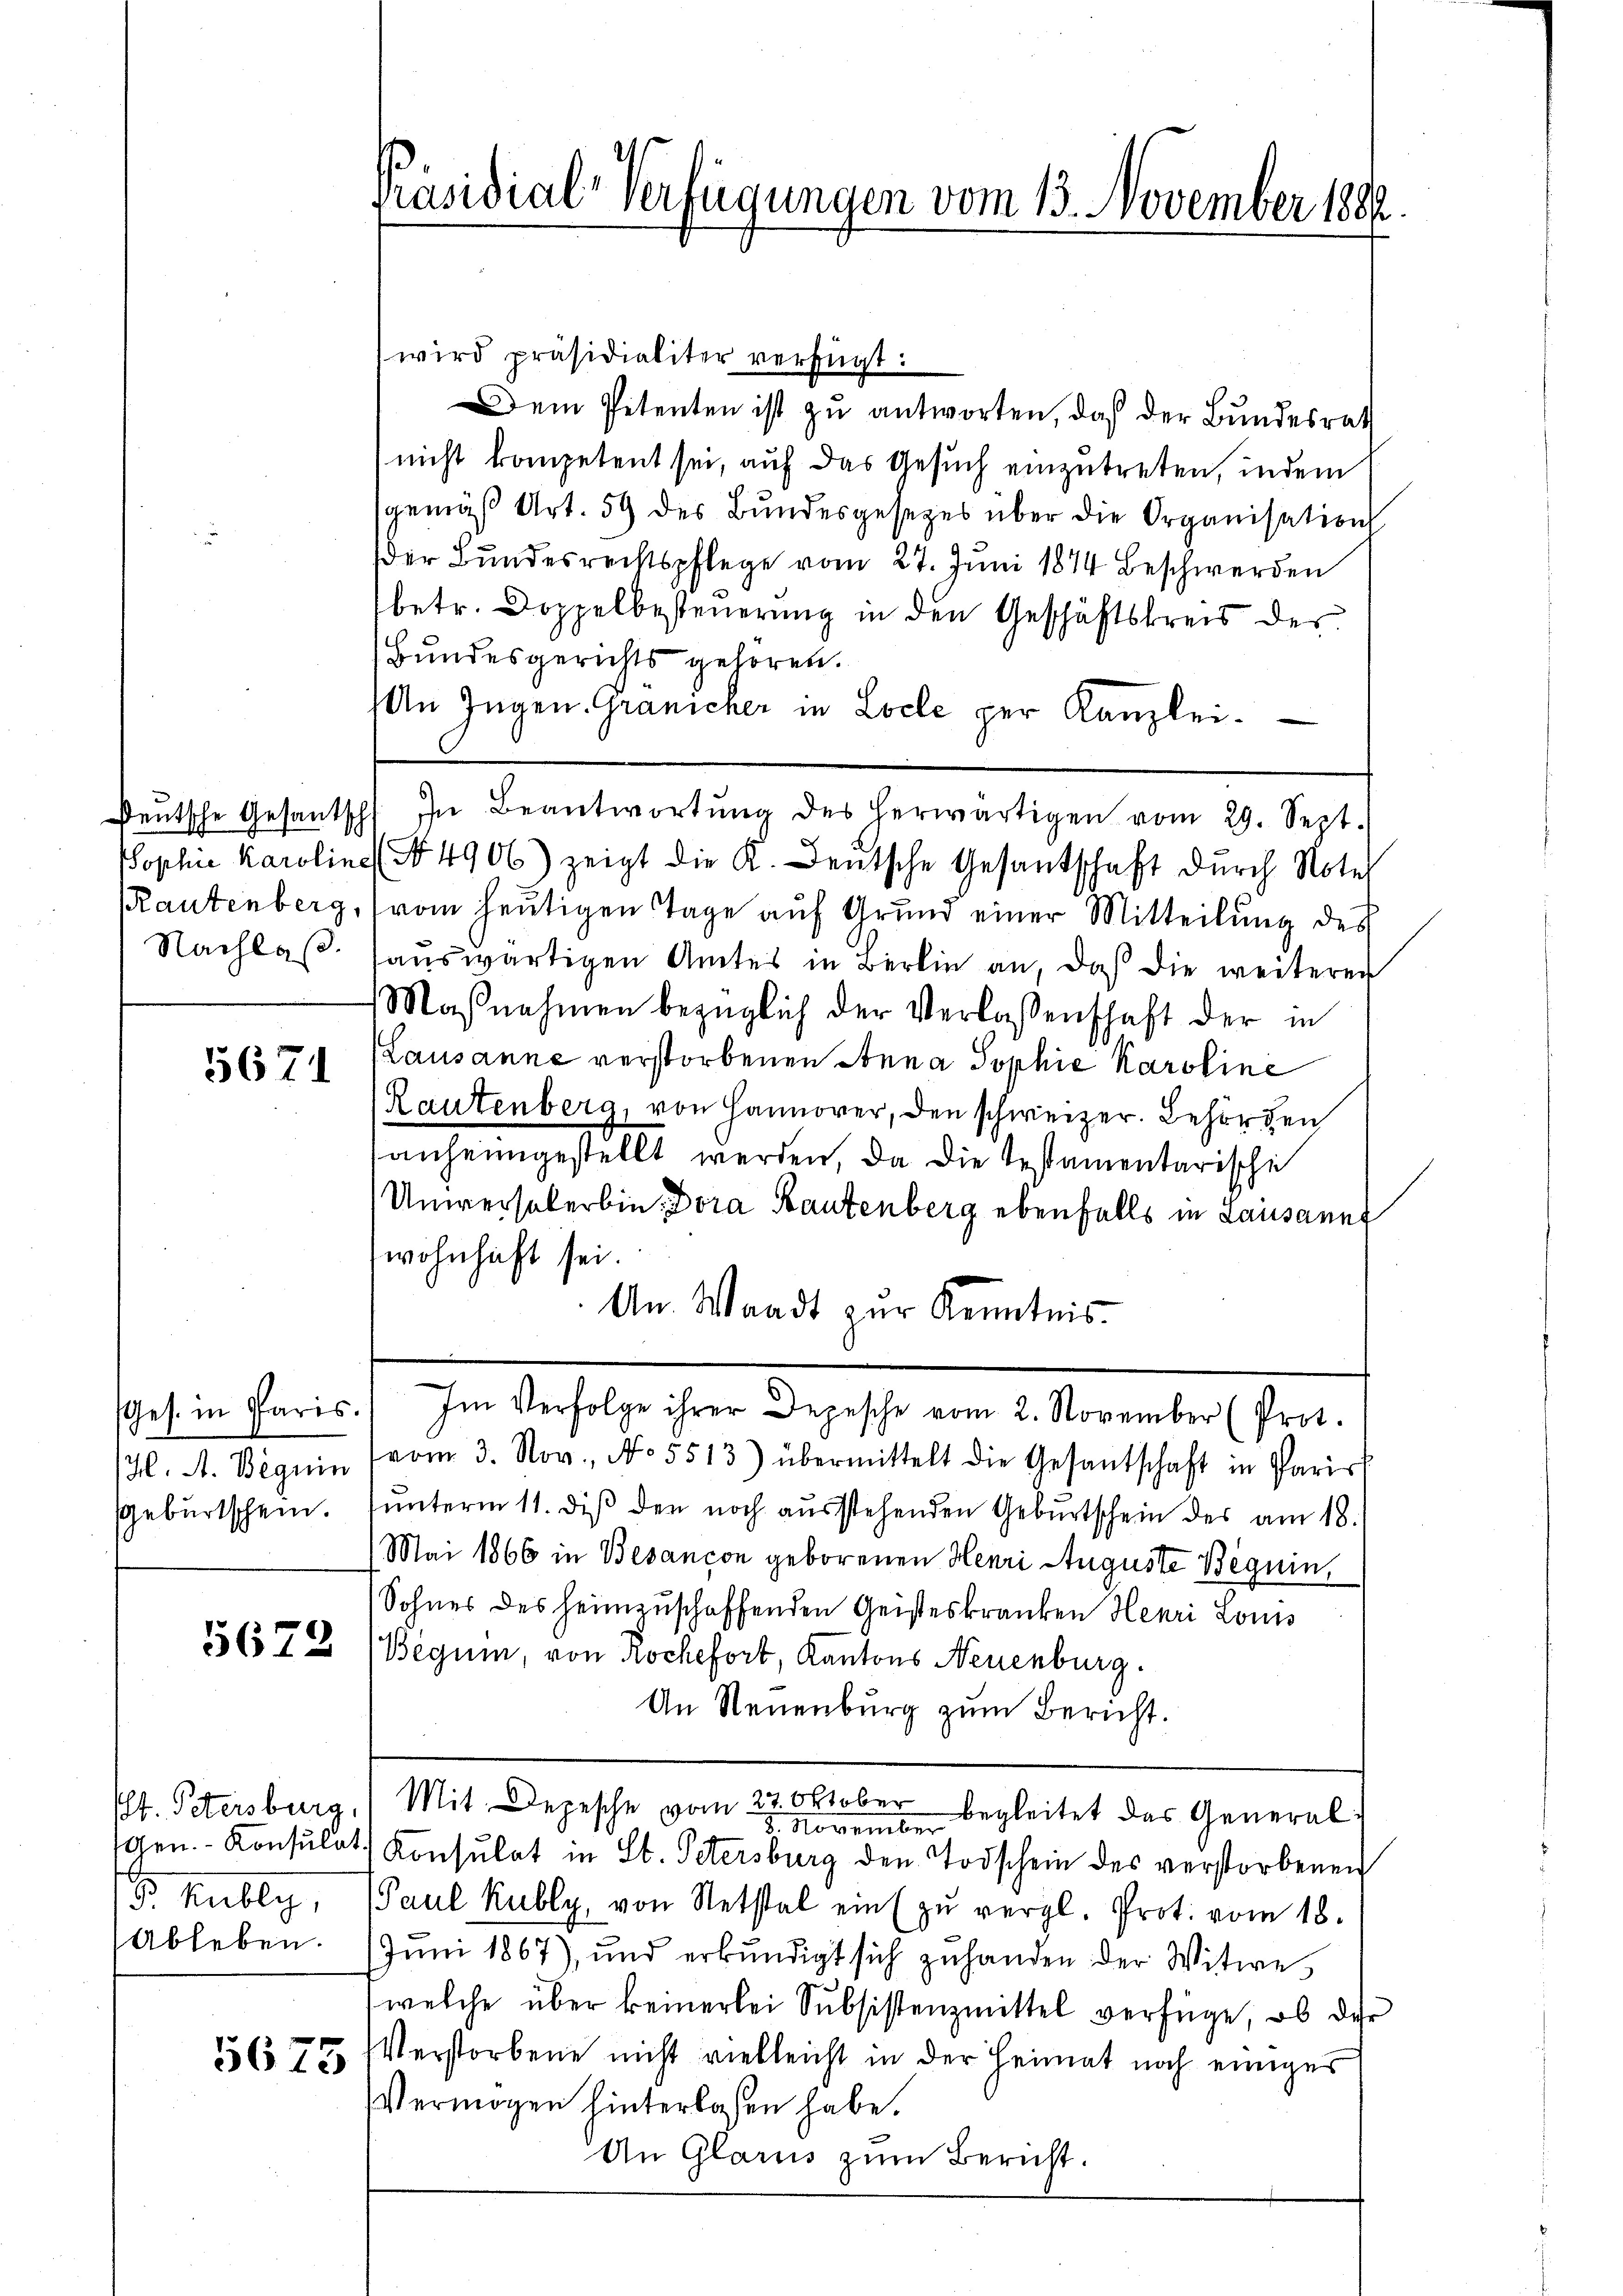
Deutsche Gesantsch
Sophie Karoline
Rautenberg,
Nachlaß

5671

Geburtschein.

5678

Kully,
Ableben.

5675

Ges. in Paris. Im Verfolge ihrer Depesche vom 2. November (Prot.
H. A. Beguin (vom 3. Nov., No. 5513) übermittelt die Gesantschaft in Paris
ŭnterm 11. diβ den noch aŭsstehenden Gebŭrtschein des am 18.
Mai 1866 in Besancon geborenen Henri Auguste Beguin,
Sohnes des heimzuschaffenden Geisteskranken Henri Louis
Beguin, von Rochefort, Kantons Neuenburg.
An Neuenburg zum Bericht.
Plt. Petersburg, Mit Depesche vom 22. Oktober begleitet das General-
8. November
gen. - Konsulat Konsulat in St. Petersburg den Todschein des verstorbenen
Paul Kubly, von Netstal ein zŭ vergl. Prot. vom 18.
Juni 1867), und erkŭndigt sich zŭ handen der Witwe
welche über keinerlei Subsistenzmittel verfüge, ob die
Verstorbene nicht vielleicht in der Heimat noch einiges
Vermögen hinterlassen habe.
An Glarus zum Bericht.

Präsidial-Verfügungen vom 13. November 1889

wird präsidialiter verfügt:
Dem Petenten ist zu antworten, daß der Bundesrath
nicht kompetent sei, auf das Gesuch einzutreten, indem
gemäβ Art. 59 des Bŭndesgesetzes über die Organisation
der Bundesrechtspflege vom 27. Juni 1874 beschwerden
betr. Doppelbesteuerung in den Geschäftskreis der
Bundesgerichts gehören.
An Jugen Gränicher in Locle per Kanzlei-
In Beantwortŭng des herwärtigen vom 29. Sept.
No 4906) zeigt die K. Deutsche Gesantschaft durch Notel
vom heutigen Tage auf Grund einer Mitteilung des
auswärtigen Amtes in Berlin an, daß die weiteren
Maβnahmen bezüglich der Verlassenschaft der in
Lausanne verstorbenen Anna Sophie Karoline
Rautenberg, von Hannover, den schweizer. Behörden
anheimgestellt werden, da die Testamentarische
Universalerbin, Bora Bautenberg ebenfalls in Lausann
wohnhaft sei.
An. Waadt zur Kenntnis.